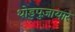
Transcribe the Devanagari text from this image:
थोडुपुज़ायार